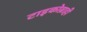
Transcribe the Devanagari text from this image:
टाइकोब्राही